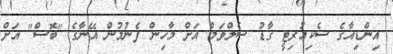
އިންޑިއާގެ ސެކިއުރިޓީ ގާޑު ސެލްވަމް އަށް މާހިން ފެނުމުން އޭނާގެ "ބޮސް" އަށް